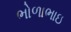
ભોળાભાઇ